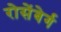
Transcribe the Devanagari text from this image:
रोसेंबेर्ग